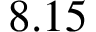
8 . 1 5